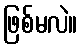
ဖြစ်မလဲ။